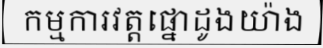
កម្មការវត្តផ្នោដូងយ៉ាង